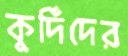
কুর্দিদের